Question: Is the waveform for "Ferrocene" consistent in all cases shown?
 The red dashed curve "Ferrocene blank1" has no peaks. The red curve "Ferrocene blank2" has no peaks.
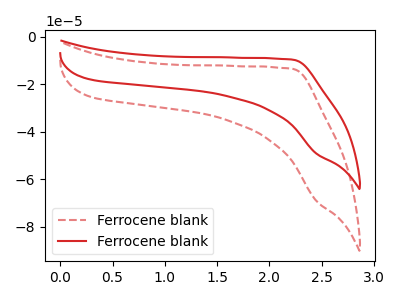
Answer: <think>Neither "Ferrocene blank1" or "Ferrocene blank2" have any peaks.
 </think>
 <answer>All the CV's of "Ferrocene" have similar shape.</answer>
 <eval>follow_rule</eval>